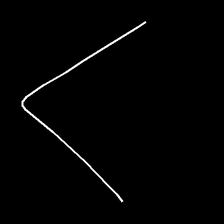
Glyph: region